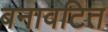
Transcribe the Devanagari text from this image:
बनावटित